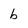
Character: b